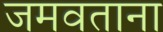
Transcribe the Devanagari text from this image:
जमवताना